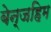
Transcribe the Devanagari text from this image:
बेन्जहिम